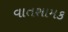
વાતશામક